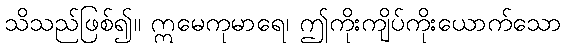
သိသည်ဖြစ်၍။ ဣမေကုမာရေ၊ ဤကိုးကျိပ်ကိုးယောက်သော